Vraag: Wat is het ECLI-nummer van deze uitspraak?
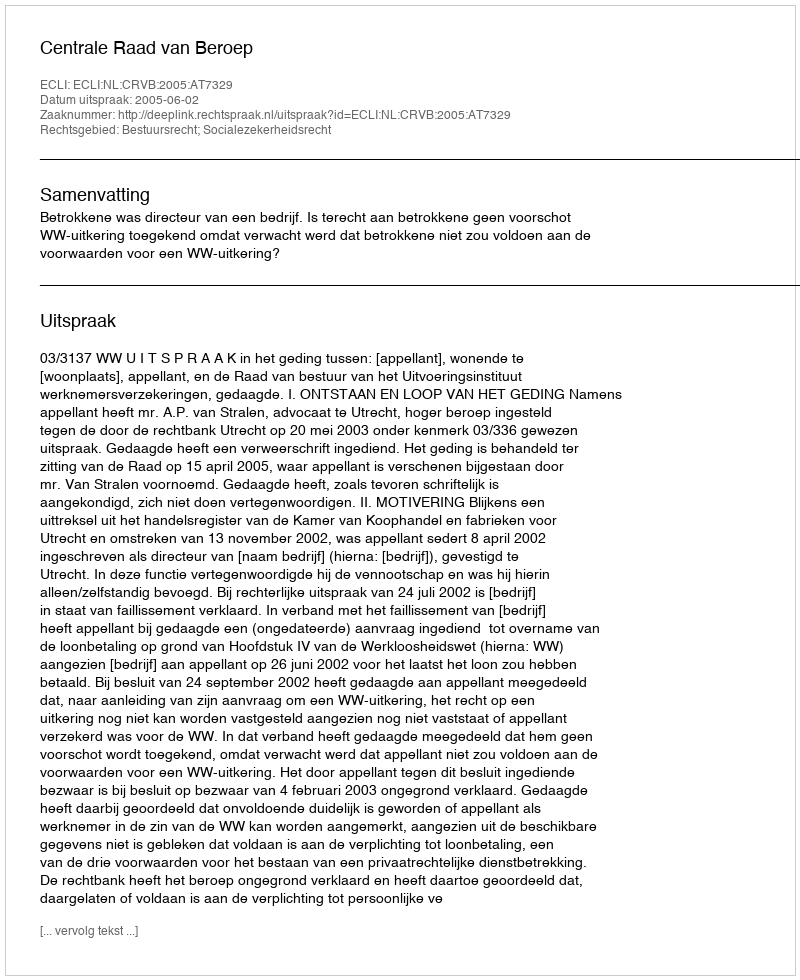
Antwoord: ECLI:NL:CRVB:2005:AT7329